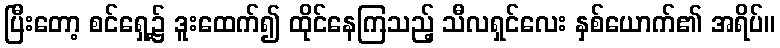
ပြီးတော့ စင်ရှေ့၌ ဒူးထေက်၍ ထိုင်နေကြသည့် သီလရှင်လေး နှစ်ယောက်၏ အရိပ်။